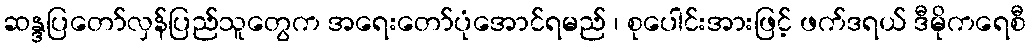
ဆန္ဒပြတော်လှန်ပြည်သူတွေက အရေးတော်ပုံအောင်ရမည် ၊ စုပေါင်းအားဖြင့် ဖက်ဒရယ် ဒီမိုကရေစီ